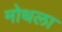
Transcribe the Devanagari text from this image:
मोथला